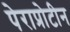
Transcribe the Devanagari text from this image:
पेराप्रोटीन